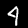
Digit: 4